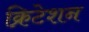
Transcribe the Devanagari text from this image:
क्रिटेशन